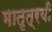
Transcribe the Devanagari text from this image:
मातृत्रयी